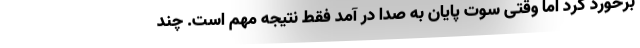
برخورد کرد اما وقتی سوت پایان به صدا در آمد فقط نتیجه مهم است. چند